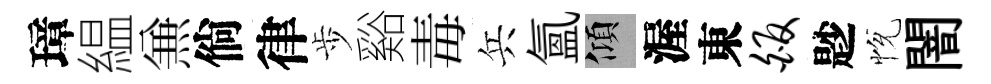
璋緼𠔥倘律歩谿毒兵氳傾渥東皈尟恱闇